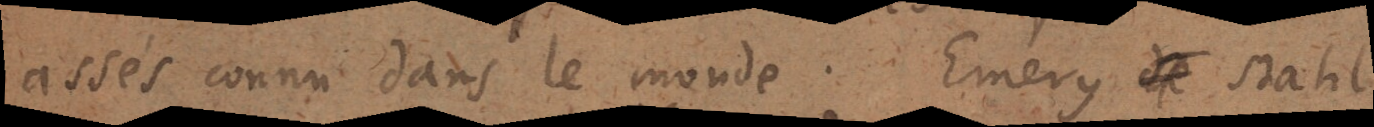
assés connu dans le monde. Emery de Stahl